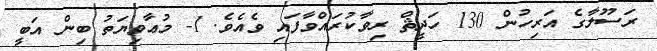
ރަސޫލާގެ އަރިހުން 130 ހަދީޘް ރިވާކުރައްވާފައި ވެއެވެ. 1- މުޢާވިޔަތު ބިން އަބީ